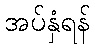
အပ်နှံရန်